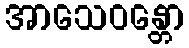
အာသေဝန္တော